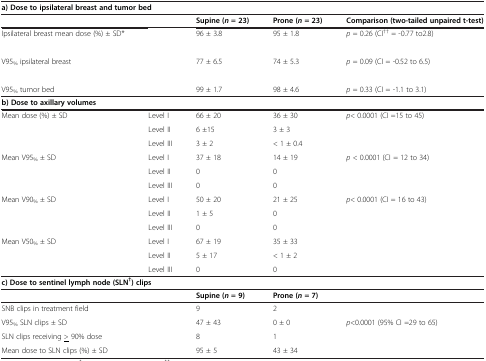
<table><thead><tr><td colspan="5"><b>a) Dose to ipsilateral breast and tumor bed</b></td></tr><tr><td><b> </b></td><td><b> </b></td><td><b>Supine (<i>n</i> = 23)</b></td><td><b>Prone (<i>n</i>= 23)</b></td><td><b>Comparison (two-tailed unpaired t-test)</b></td></tr></thead><tbody><tr><td>Ipsilateral breast mean dose (%) ± SD*</td><td> </td><td>96 ± 3.8</td><td>95 ± 1.8</td><td><i>p</i> = 0.26 (CI<sup>††</sup> = -0.77 to2.8)</td></tr><tr><td> </td><td> </td><td> </td><td> </td><td> </td></tr><tr><td>V95<sub>%</sub> ipsilateral breast</td><td> </td><td>77 ± 6.5</td><td>74 ± 5.3</td><td><i>p</i> = 0.09 (CI = -0.52 to 6.5)</td></tr><tr><td> </td><td> </td><td> </td><td> </td><td> </td></tr><tr><td>V95<sub>%</sub> tumor bed</td><td> </td><td>99 ± 1.7</td><td>98 ± 4.6</td><td><i>p</i> = 0.33 (CI = -1.1 to 3.1)</td></tr><tr><td colspan="4"><b>b) Dose to axillary volumes</b></td><td> </td></tr><tr><td>Mean dose (%) ± SD</td><td>Level I</td><td>66 ± 20</td><td>36 ± 30</td><td><i>p</i>&lt; 0.0001 (CI =15 to 45)</td></tr><tr><td> </td><td>Level II</td><td>6 ±15</td><td>3 ± 3</td><td></td></tr><tr><td> </td><td>Level III</td><td>3 ± 2</td><td>&lt; 1 ± 0.4</td><td> </td></tr><tr><td>Mean V95<sub>%</sub> ± SD</td><td>Level I</td><td>37 ± 18</td><td>14 ± 19</td><td><i>p</i> &lt; 0.0001 (CI = 12 to 34)</td></tr><tr><td> </td><td>Level II</td><td>0</td><td>0</td><td></td></tr><tr><td> </td><td>Level III</td><td>0</td><td>0</td><td> </td></tr><tr><td>Mean V90<sub>%</sub> ± SD</td><td>Level I</td><td>50 ± 20</td><td>21 ± 25</td><td><i>p</i>&lt; 0.0001 (CI = 16 to 43)</td></tr><tr><td> </td><td>Level II</td><td>1 ± 5</td><td>0</td><td></td></tr><tr><td> </td><td>Level III</td><td>0</td><td>0</td><td> </td></tr><tr><td>Mean V50<sub>%</sub> ± SD</td><td>Level I</td><td>67 ± 19</td><td>35 ± 33</td><td> </td></tr><tr><td> </td><td>Level II</td><td>5 ± 17</td><td>&lt; 1 ± 2</td><td> </td></tr><tr><td> </td><td>Level III</td><td>0</td><td>0</td><td> </td></tr><tr><td colspan="4"><b>c) Dose to sentinel lymph node (SLN</b><sup><b>†</b></sup><b>) clips</b></td><td> </td></tr><tr><td> </td><td> </td><td><b>Supine (</b><b><i>n</i></b><b> = 9)</b></td><td><b>Prone (</b><b><i>n</i></b><b> = 7)</b></td><td> </td></tr><tr><td>SNB clips in treatment field</td><td> </td><td>9</td><td>2</td><td> </td></tr><tr><td>V95<sub>%</sub> SLN clips ± SD</td><td> </td><td>47 ± 43</td><td>0 ± 0</td><td><i>p</i>&lt;0.0001 (95% CI =29 to 65)</td></tr><tr><td>SLN clips receiving <underline>&gt;</underline> 90% dose</td><td> </td><td>8</td><td>1</td><td> </td></tr><tr><td>Mean dose to SLN clips (%) ± SD</td><td> </td><td>95 ± 5</td><td>43 ± 34</td><td> </td></tr></tbody></table>